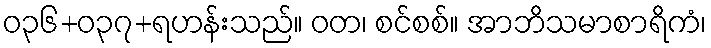
ဝ၃၆+၀၃၇+ရဟန်းသည်။ ဝတ၊ စင်စစ်။ အာဘိသမာစာရိကံ၊